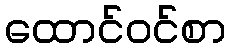
ထောင်ဝင်စာ